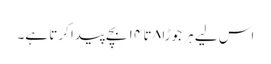
اس لیے ہر جوڑا ۸ تا ۱۴ بچے پیدا کرتا ہے۔